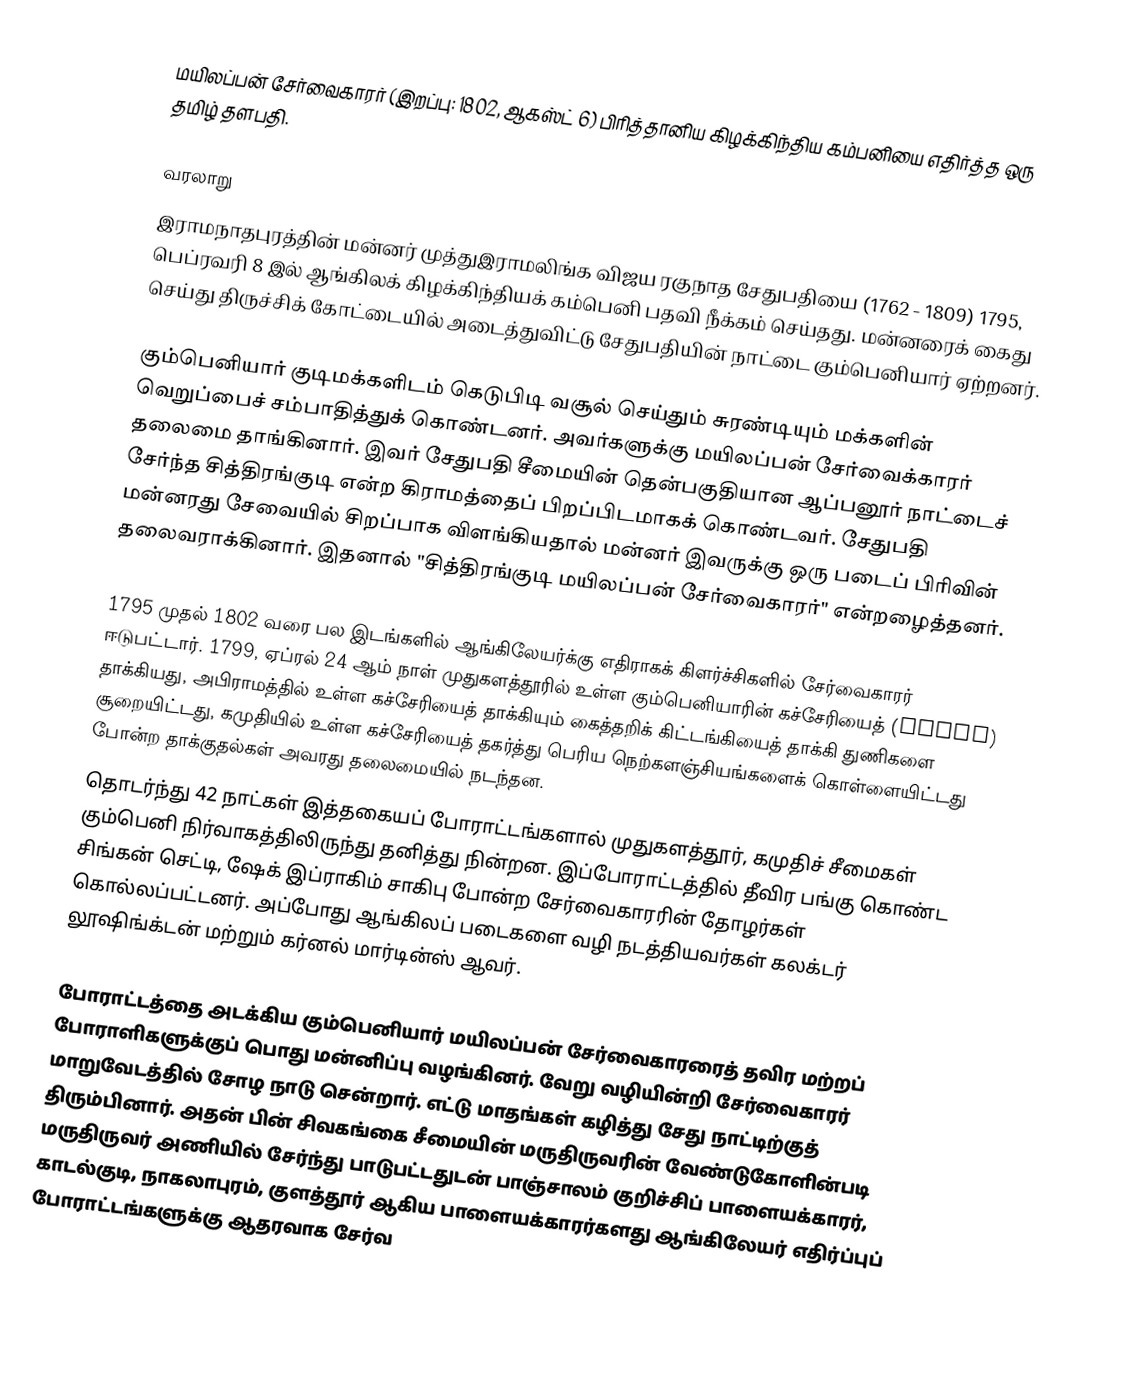
மயிலப்பன் சேர்வைகாரர் (இறப்பு: 1802, ஆகஸ்ட் 6) பிரித்தானிய கிழக்கிந்திய கம்பனியை எதிர்த்த ஒரு தமிழ் தளபதி.

வரலாறு
இராமநாதபுரத்தின் மன்னர் முத்துஇராமலிங்க விஜய ரகுநாத சேதுபதியை (1762 - 1809) 1795, பெப்ரவரி 8 இல் ஆங்கிலக் கிழக்கிந்தியக் கம்பெனி பதவி நீக்கம் செய்தது. மன்னரைக் கைது செய்து திருச்சிக் கோட்டையில் அடைத்துவிட்டு சேதுபதியின் நாட்டை கும்பெனியார் ஏற்றனர்.

கும்பெனியார் குடிமக்களிடம் கெடுபிடி வசூல் செய்தும் சுரண்டியும் மக்களின் வெறுப்பைச் சம்பாதித்துக் கொண்டனர். அவர்களுக்கு மயிலப்பன் சேர்வைக்காரர் தலைமை தாங்கினார். இவர் சேதுபதி சீமையின் தென்பகுதியான ஆப்பனூர் நாட்டைச் சேர்ந்த சித்திரங்குடி என்ற கிராமத்தைப் பிறப்பிடமாகக் கொண்டவர். சேதுபதி மன்னரது சேவையில் சிறப்பாக விளங்கியதால் மன்னர் இவருக்கு ஒரு படைப் பிரிவின் தலைவராக்கினார். இதனால் "சித்திரங்குடி மயிலப்பன் சேர்வைகாரர்" என்றழைத்தனர்.

1795 முதல் 1802 வரை பல இடங்களில் ஆங்கிலேயர்க்கு எதிராகக் கிளர்ச்சிகளில் சேர்வைகாரர் ஈடுபட்டார். 1799, ஏப்ரல் 24 ஆம் நாள் முதுகளத்தூரில் உள்ள கும்பெனியாரின் கச்சேரியைத் (court) தாக்கியது, அபிராமத்தில் உள்ள கச்சேரியைத் தாக்கியும் கைத்தறிக் கிட்டங்கியைத் தாக்கி துணிகளை சூறையிட்டது, கமுதியில் உள்ள கச்சேரியைத் தகர்த்து பெரிய நெற்களஞ்சியங்களைக் கொள்ளையிட்டது போன்ற தாக்குதல்கள் அவரது தலைமையில் நடந்தன.
தொடர்ந்து 42 நாட்கள் இத்தகையப் போராட்டங்களால் முதுகளத்தூர், கமுதிச் சீமைகள் கும்பெனி நிர்வாகத்திலிருந்து தனித்து நின்றன. இப்போராட்டத்தில் தீவிர பங்கு கொண்ட சிங்கன் செட்டி, ஷேக் இப்ராகிம் சாகிபு போன்ற சேர்வைகாரரின் தோழர்கள் கொல்லப்பட்டனர். அப்போது ஆங்கிலப் படைகளை வழி நடத்தியவர்கள் கலக்டர் லூஷிங்க்டன் மற்றும் கர்னல் மார்டின்ஸ் ஆவர்.

போராட்டத்தை அடக்கிய கும்பெனியார் மயிலப்பன் சேர்வைகாரரைத் தவிர மற்றப் போராளிகளுக்குப் பொது மன்னிப்பு வழங்கினர். வேறு வழியின்றி சேர்வைகாரர் மாறுவேடத்தில் சோழ நாடு சென்றார். எட்டு மாதங்கள் கழித்து சேது நாட்டிற்குத் திரும்பினார். அதன் பின் சிவகங்கை சீமையின் மருதிருவரின் வேண்டுகோளின்படி மருதிருவர் அணியில் சேர்ந்து பாடுபட்டதுடன் பாஞ்சாலம் குறிச்சிப் பாளையக்காரர், காடல்குடி, நாகலாபுரம், குளத்தூர் ஆகிய பாளையக்காரர்களது ஆங்கிலேயர் எதிர்ப்புப் போராட்டங்களுக்கு ஆதரவாக சேர்வ